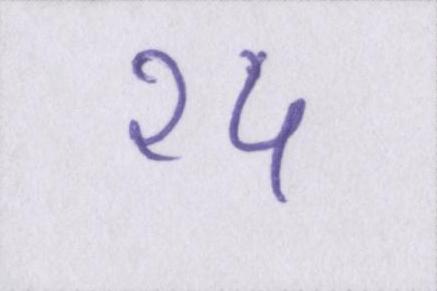
१५